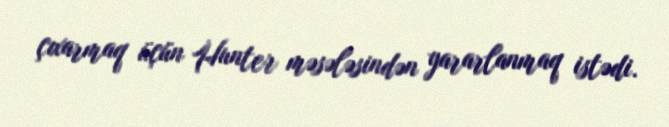
çıxarmaq üçün Hunter məsələsindən yararlanmaq istədi.